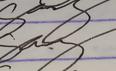
Signature authenticity: genuine